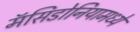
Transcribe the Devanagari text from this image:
मॅसिडोनियामध्ये